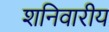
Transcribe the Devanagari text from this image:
शनिवारीय